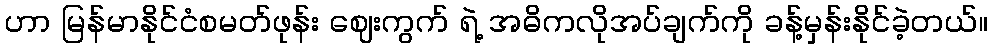
ဟာ မြန်မာနိုင်ငံစမတ်ဖုန်း ဈေးကွက် ရဲ့ အဓိကလိုအပ်ချက်ကို ခန့်မှန်းနိုင်ခဲ့တယ်။